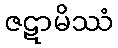
ဇဋာမိဿံ